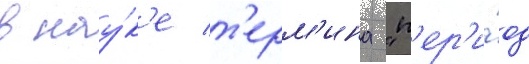
в нау́к'е т'ерм'ина "п'ер'и́од